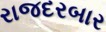
રાજદરબાર